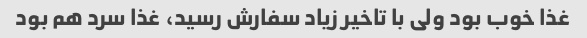
غذا خوب بود ولی با تاخیر زیاد سفارش رسید، غذا سرد هم بود